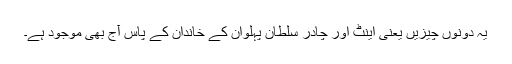
یہ دونوں چیزیں یعنی اینٹ اور چادر سلطان پہلوان کے خاندان کے پاس آج بھی موجود ہے۔